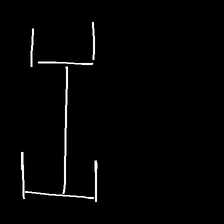
Glyph: entwine